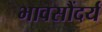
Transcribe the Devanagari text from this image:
भावसौंदर्य